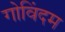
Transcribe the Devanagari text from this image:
गोविंदम